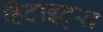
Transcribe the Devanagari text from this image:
हिटाइट्स